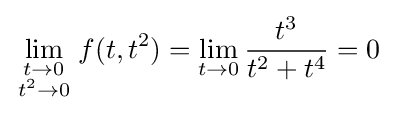
\lim _{\begin{smallmatrix}t\to 0\\t^{2}\to 0\end{smallmatrix}}f(t,t^{2})=\lim _{t\to 0}{\frac {t^{3}}{t^{2}+t^{4}}}=0